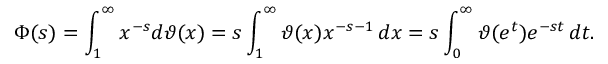
\Phi ( s ) = \int _ { 1 } ^ { \infty } x ^ { - s } d \vartheta ( x ) = s \int _ { 1 } ^ { \infty } \vartheta ( x ) x ^ { - s - 1 } \, d x = s \int _ { 0 } ^ { \infty } \vartheta ( e ^ { t } ) e ^ { - s t } \, d t .